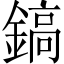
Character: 鎬